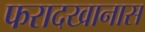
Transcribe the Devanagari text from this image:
फरादखानास